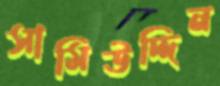
সামিউদ্দিন